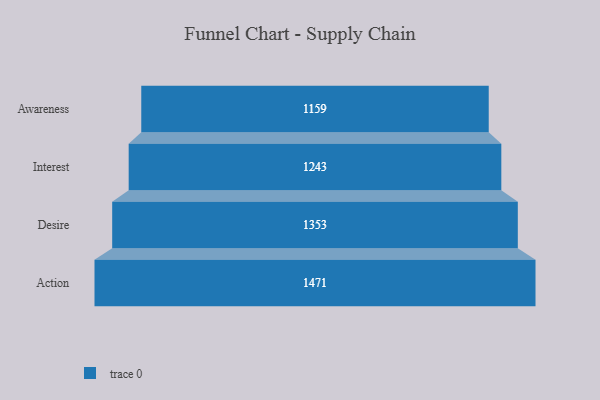
{"axis": {"x": "Stage", "y": "Value"}, "legend": [""], "data": [{"x": "Awareness", "y": 1159.0, "type": ""}, {"x": "Interest", "y": 1243.0, "type": ""}, {"x": "Desire", "y": 1353.0, "type": ""}, {"x": "Action", "y": 1471.0, "type": ""}]}